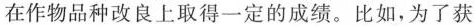
在作物品种改良上取得一定的成绩。比如，为了获